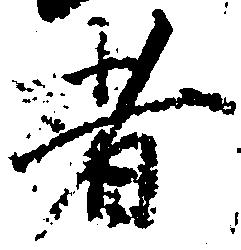
者